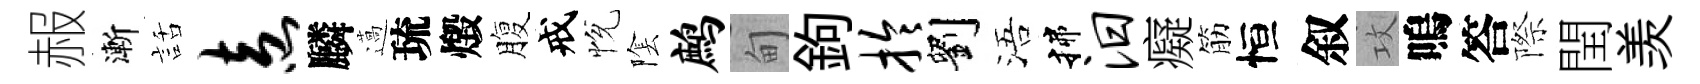
赧漸話盍麟薖琉燬腹戒恱隂鹧甸鉤拎劉浯揲汨癡筋恒叙攻嗚答際閏羡